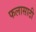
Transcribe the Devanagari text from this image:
फलासाठी